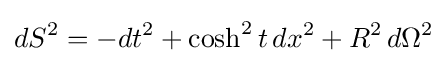
dS^{2}=-dt^{2}+\cosh ^{2}t\,dx^{2}+R^{2}\,d\Omega ^{2}